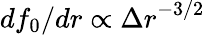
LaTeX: df_{0}/dr\propto{\Delta r}^{-3/2}